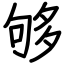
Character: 够